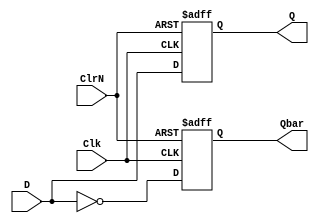
/*  D
   copyright 2012 (pika1021@gmail.com)
   */
`ifndef FLIPFLOPDPCLKPRST_V
	`define FLIPFLOPDPCLKPRST_V
	`timescale 1ns / 100ps
	module flipflopDposClknegRst(Q, Qbar, D, Clk, ClrN);
		input D, Clk, ClrN;
		output reg Q, Qbar;

		always @(posedge Clk or negedge ClrN)
		begin
			if(~ClrN) begin
				Q <= 0;
				Qbar <= 1;
			end else begin
				Q <= D;
				Qbar <= ~D;
			end
		end
	endmodule
`endif